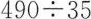
490÷35